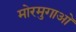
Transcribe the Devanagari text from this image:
मोरमुगाओ